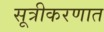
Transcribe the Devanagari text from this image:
सूत्रीकरणात